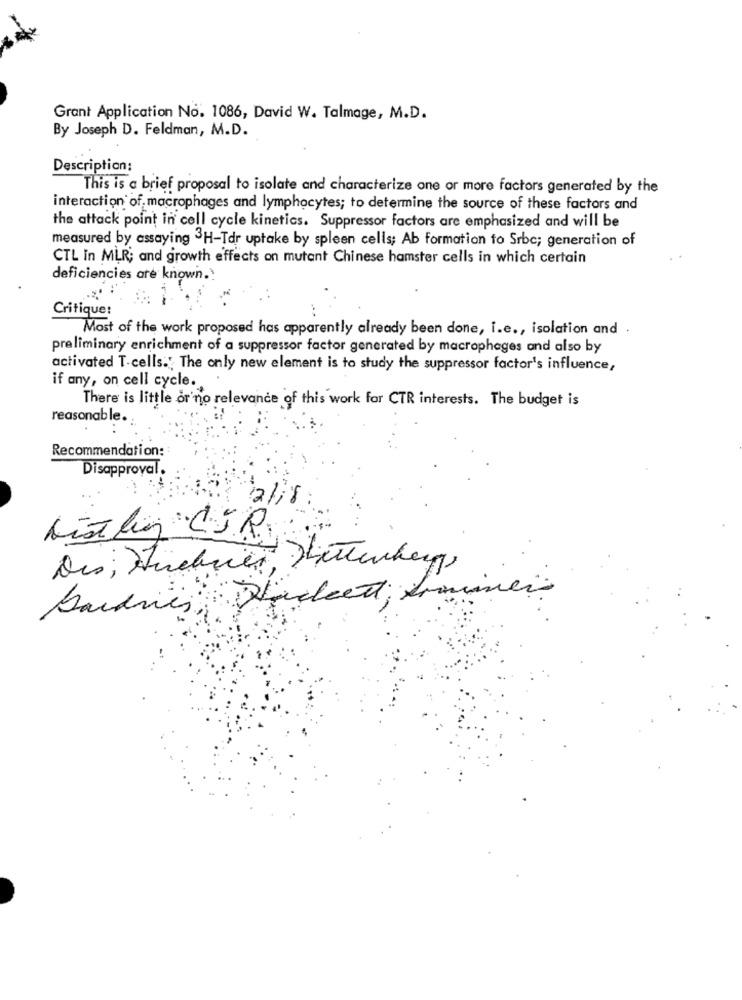
Grant Application No. 1086, David W. Talmage, M.D.
By Joseph D. Feldman, M.D.
Description:
This is a brief proposal to isolate and characterize one or more factors generated by the
interaction of macrophages and lymphocytes; to determine the source of these factors and
the attack point in cell cycle kinetics. Suppressor factors are emphasized and will be
measured by assaying 3H-Tdr uptake by spleen cells; Ab formation to Srbc; generation of
CTL In MLR; and growth effects on mutant Chinese hamster cells in which certain
deficiencies are known.
Critique:
Most of the work proposed has apparently already been done, i.e ., isolation and .
preliminary enrichment of a suppressor factor generated by macrophages and also by
activated T-cells.' The only new element is to study the suppressor factor's influence,
if any, on cell cycle.
There is little or no relevance of this work for CTR interests. The budget is
reasonable.
Recommendation:
Disapproval.
2/18
Bardies, Shocked Irminer